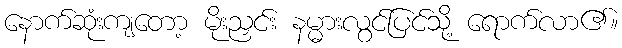
နောက်ဆုံးကျတော့ မိုးညှင်း နမ္မားလွင်ပြင်သို့ ရောက်လာ၏။